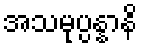
အသမုပ္ပန္နာနိ